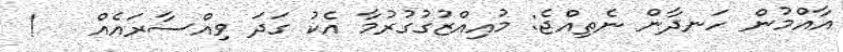
އާއްމުން ހަނދާން ނެތިއްޖެ: މުއިއްޒުގުގުރުމާ އެކު ގަދަ ވިއްސާރައެއް   !